Document type: Inventory
Year: 1295
Scribe: Pere Marc
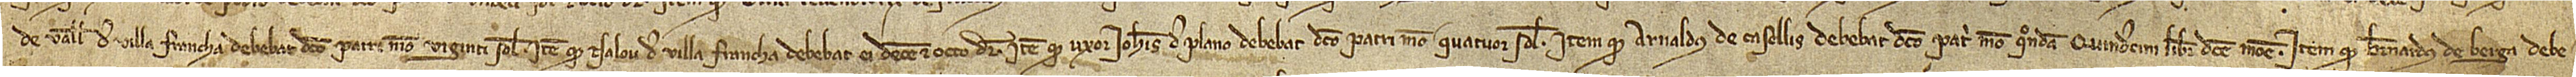
de Valle, de Villa Francha, debebat dicto patri meo viginti solidos; item, quod n’Alou, de Villa Francha, debebat ei decem et octo denarios; item, quod uxor Iohannis de Plano debebat dicto patri meo quatuor solidos; item, quod Arnaldus de Casellis debebat dicto patri meo, quondam, quindecim libras dicte monete; item, quod Bernardus de Berga debe-